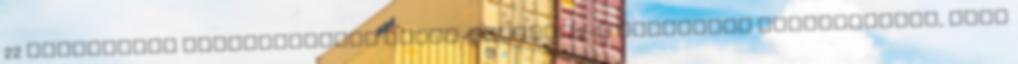
22 klubtagunk képviseltette magát. Február 2-i klubnapon elhatároztuk, hogy